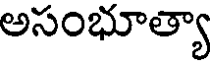
అసంభూత్యా